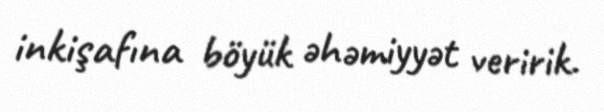
inkişafına böyük əhəmiyyət veririk.